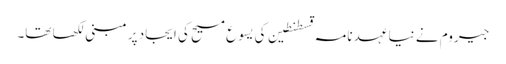
جیروم نے نیا عہد نامہ قسطنطین کی یسوع مسیح کی ایجاد پر مبنی لکھا تھا۔